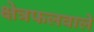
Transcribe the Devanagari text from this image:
क्षेत्रफलवाले